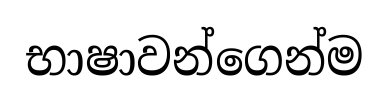
භාෂාවන්ගෙන්ම